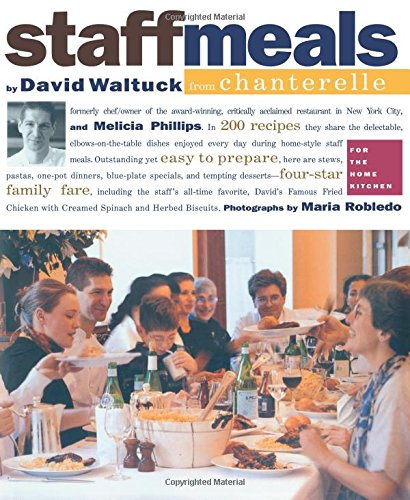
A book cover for Staff Meals from Chanterelle (Cookbook); Melicia Phillips; Cookbooks, Food & Wine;